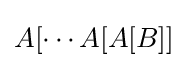
A[\cdots A[A[B]]